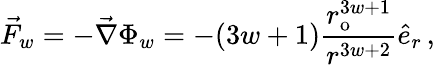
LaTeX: \vec{F}_{w}=-\vec{\nabla}\Phi_{w}=-(3w+1)\frac{r_{\mathrm{{o}}}^{3w+1}}{r^{3w+2}}\hat{e}_{r}\, ,